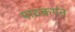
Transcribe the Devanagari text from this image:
पाठकगन